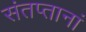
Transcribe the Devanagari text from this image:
संतप्तानां